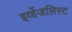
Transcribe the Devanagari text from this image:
इव्हेंजलिस्ट